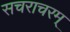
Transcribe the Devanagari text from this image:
सचराचरम्